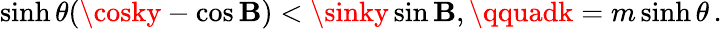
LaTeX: \sinh\theta(\cosky-\cos\mathbf{B})<\sinky\sin\mathbf{B},\qquadk=m\sinh\theta\, .